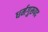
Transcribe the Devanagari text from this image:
धर्मगुरूपद